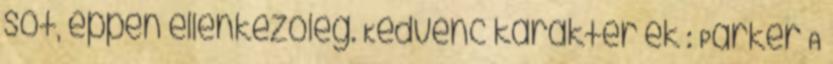
sőt, éppen ellenkezőleg. Kedvenc karakter ek : Parker A